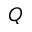
Q